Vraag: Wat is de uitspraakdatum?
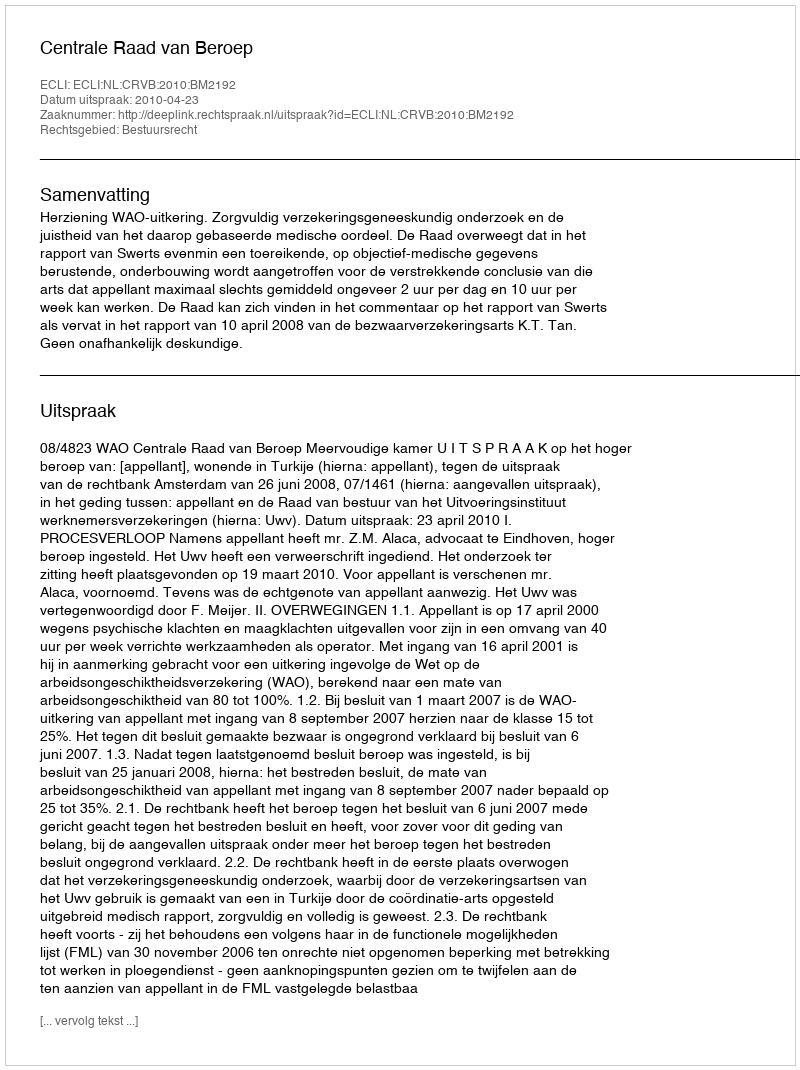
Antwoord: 2010-04-23